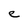
Character: e